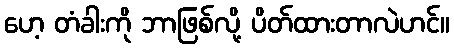
ဟေ့ တံခါးကို ဘာဖြစ်လို့ ပိတ်ထားတာလဲဟင်။